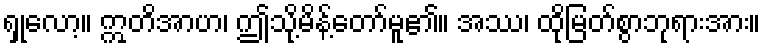
ရှုလော့။ ဣတိအာဟ၊ ဤသို့မိန့်တော်မူ၏။ အဿ၊ ထိုမြတ်စွာဘုရားအား။